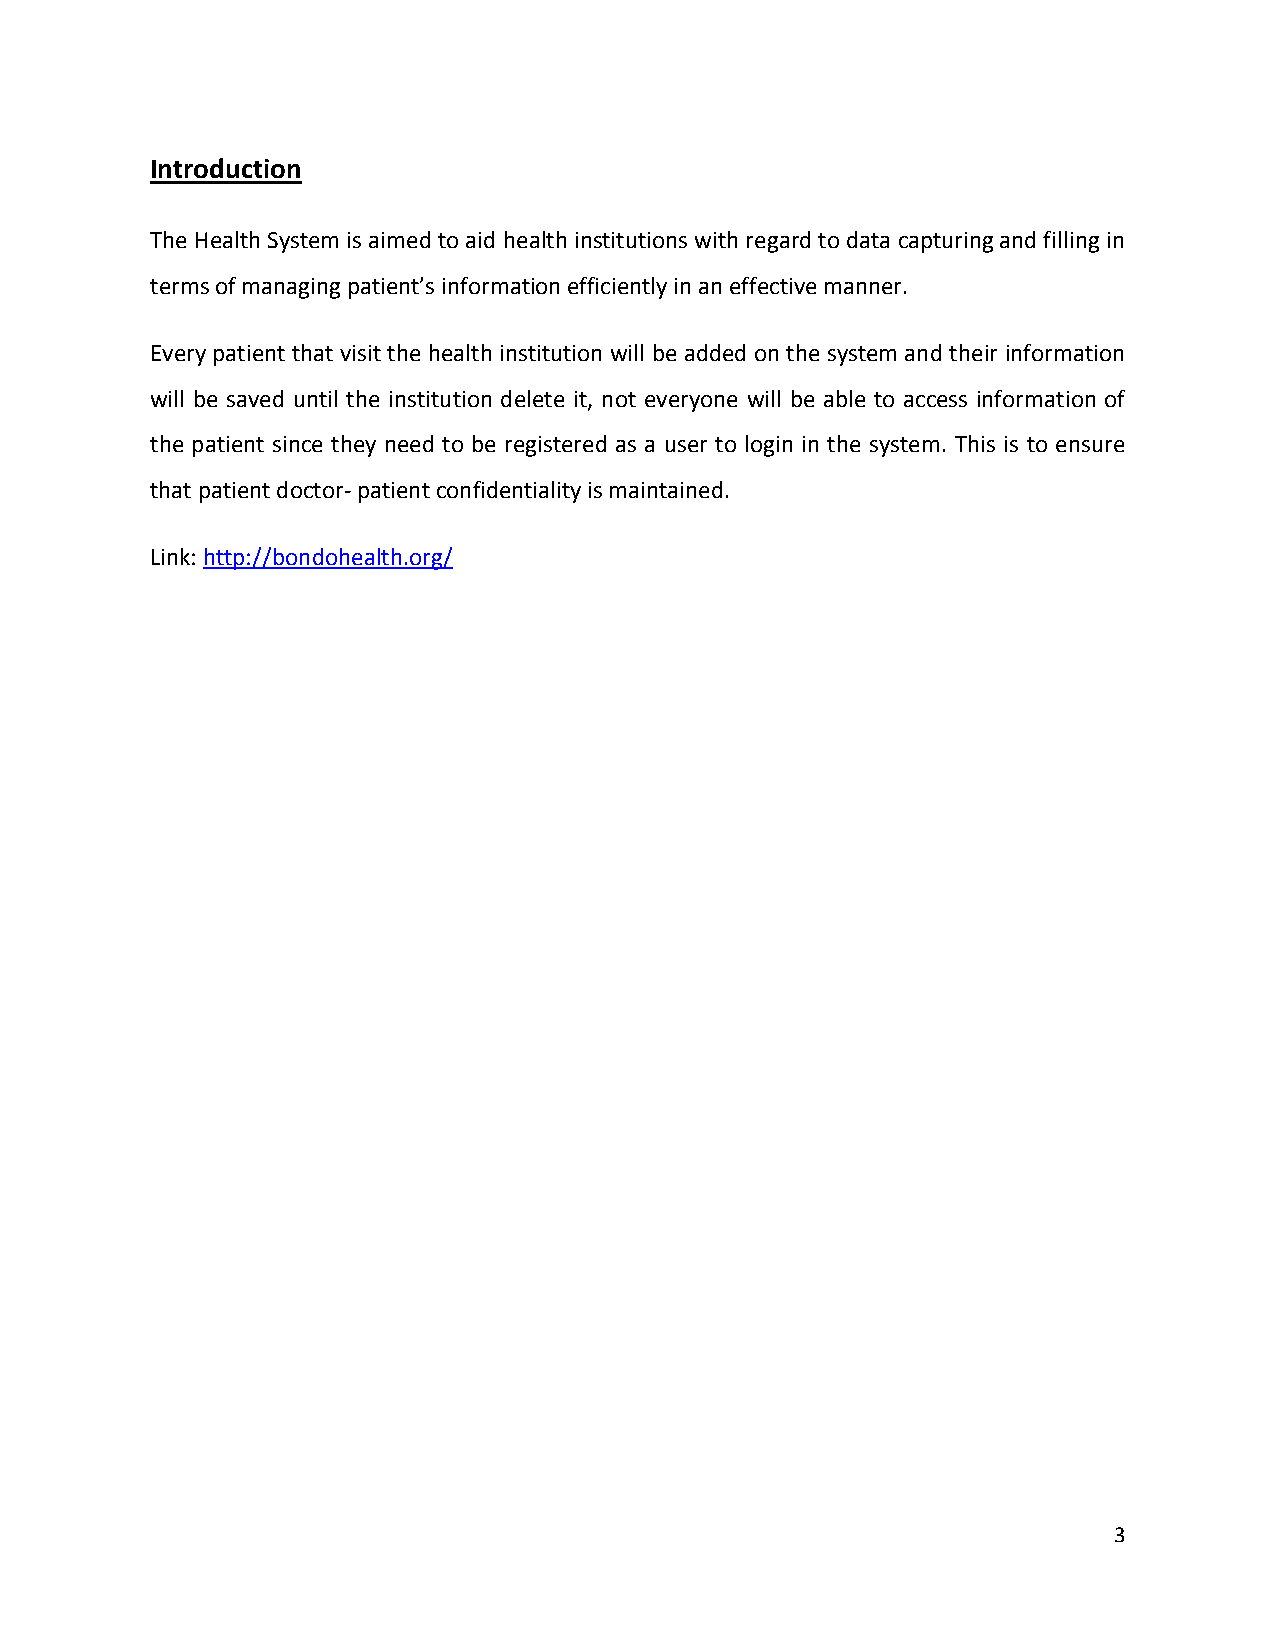
Introduction
 The Health System is aimed to aid health institutions with regard to data capturing and filling in
 terms of managing patient’s information efficiently in an effective manner.
 Every patient that visit the health institution will be added on the system and their information
 will be saved until the institution delete it, not everyone will be able to access information of
 the patient since they need to be registered as a user to login in the system. This is to ensure
 that patient doctor- patient confidentiality is maintained.
 Link: http://bondohealth.org/
 3